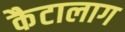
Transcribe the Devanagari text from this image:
कैटालाग